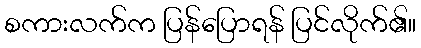
စကားလက်က ပြန်ပြောရန် ပြင်လိုက်၏။